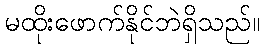
မထိုးဖောက်နိုင်ဘဲရှိသည်။